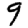
Digit: 9